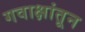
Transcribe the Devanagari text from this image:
गवाक्षांतून